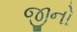
જીનો